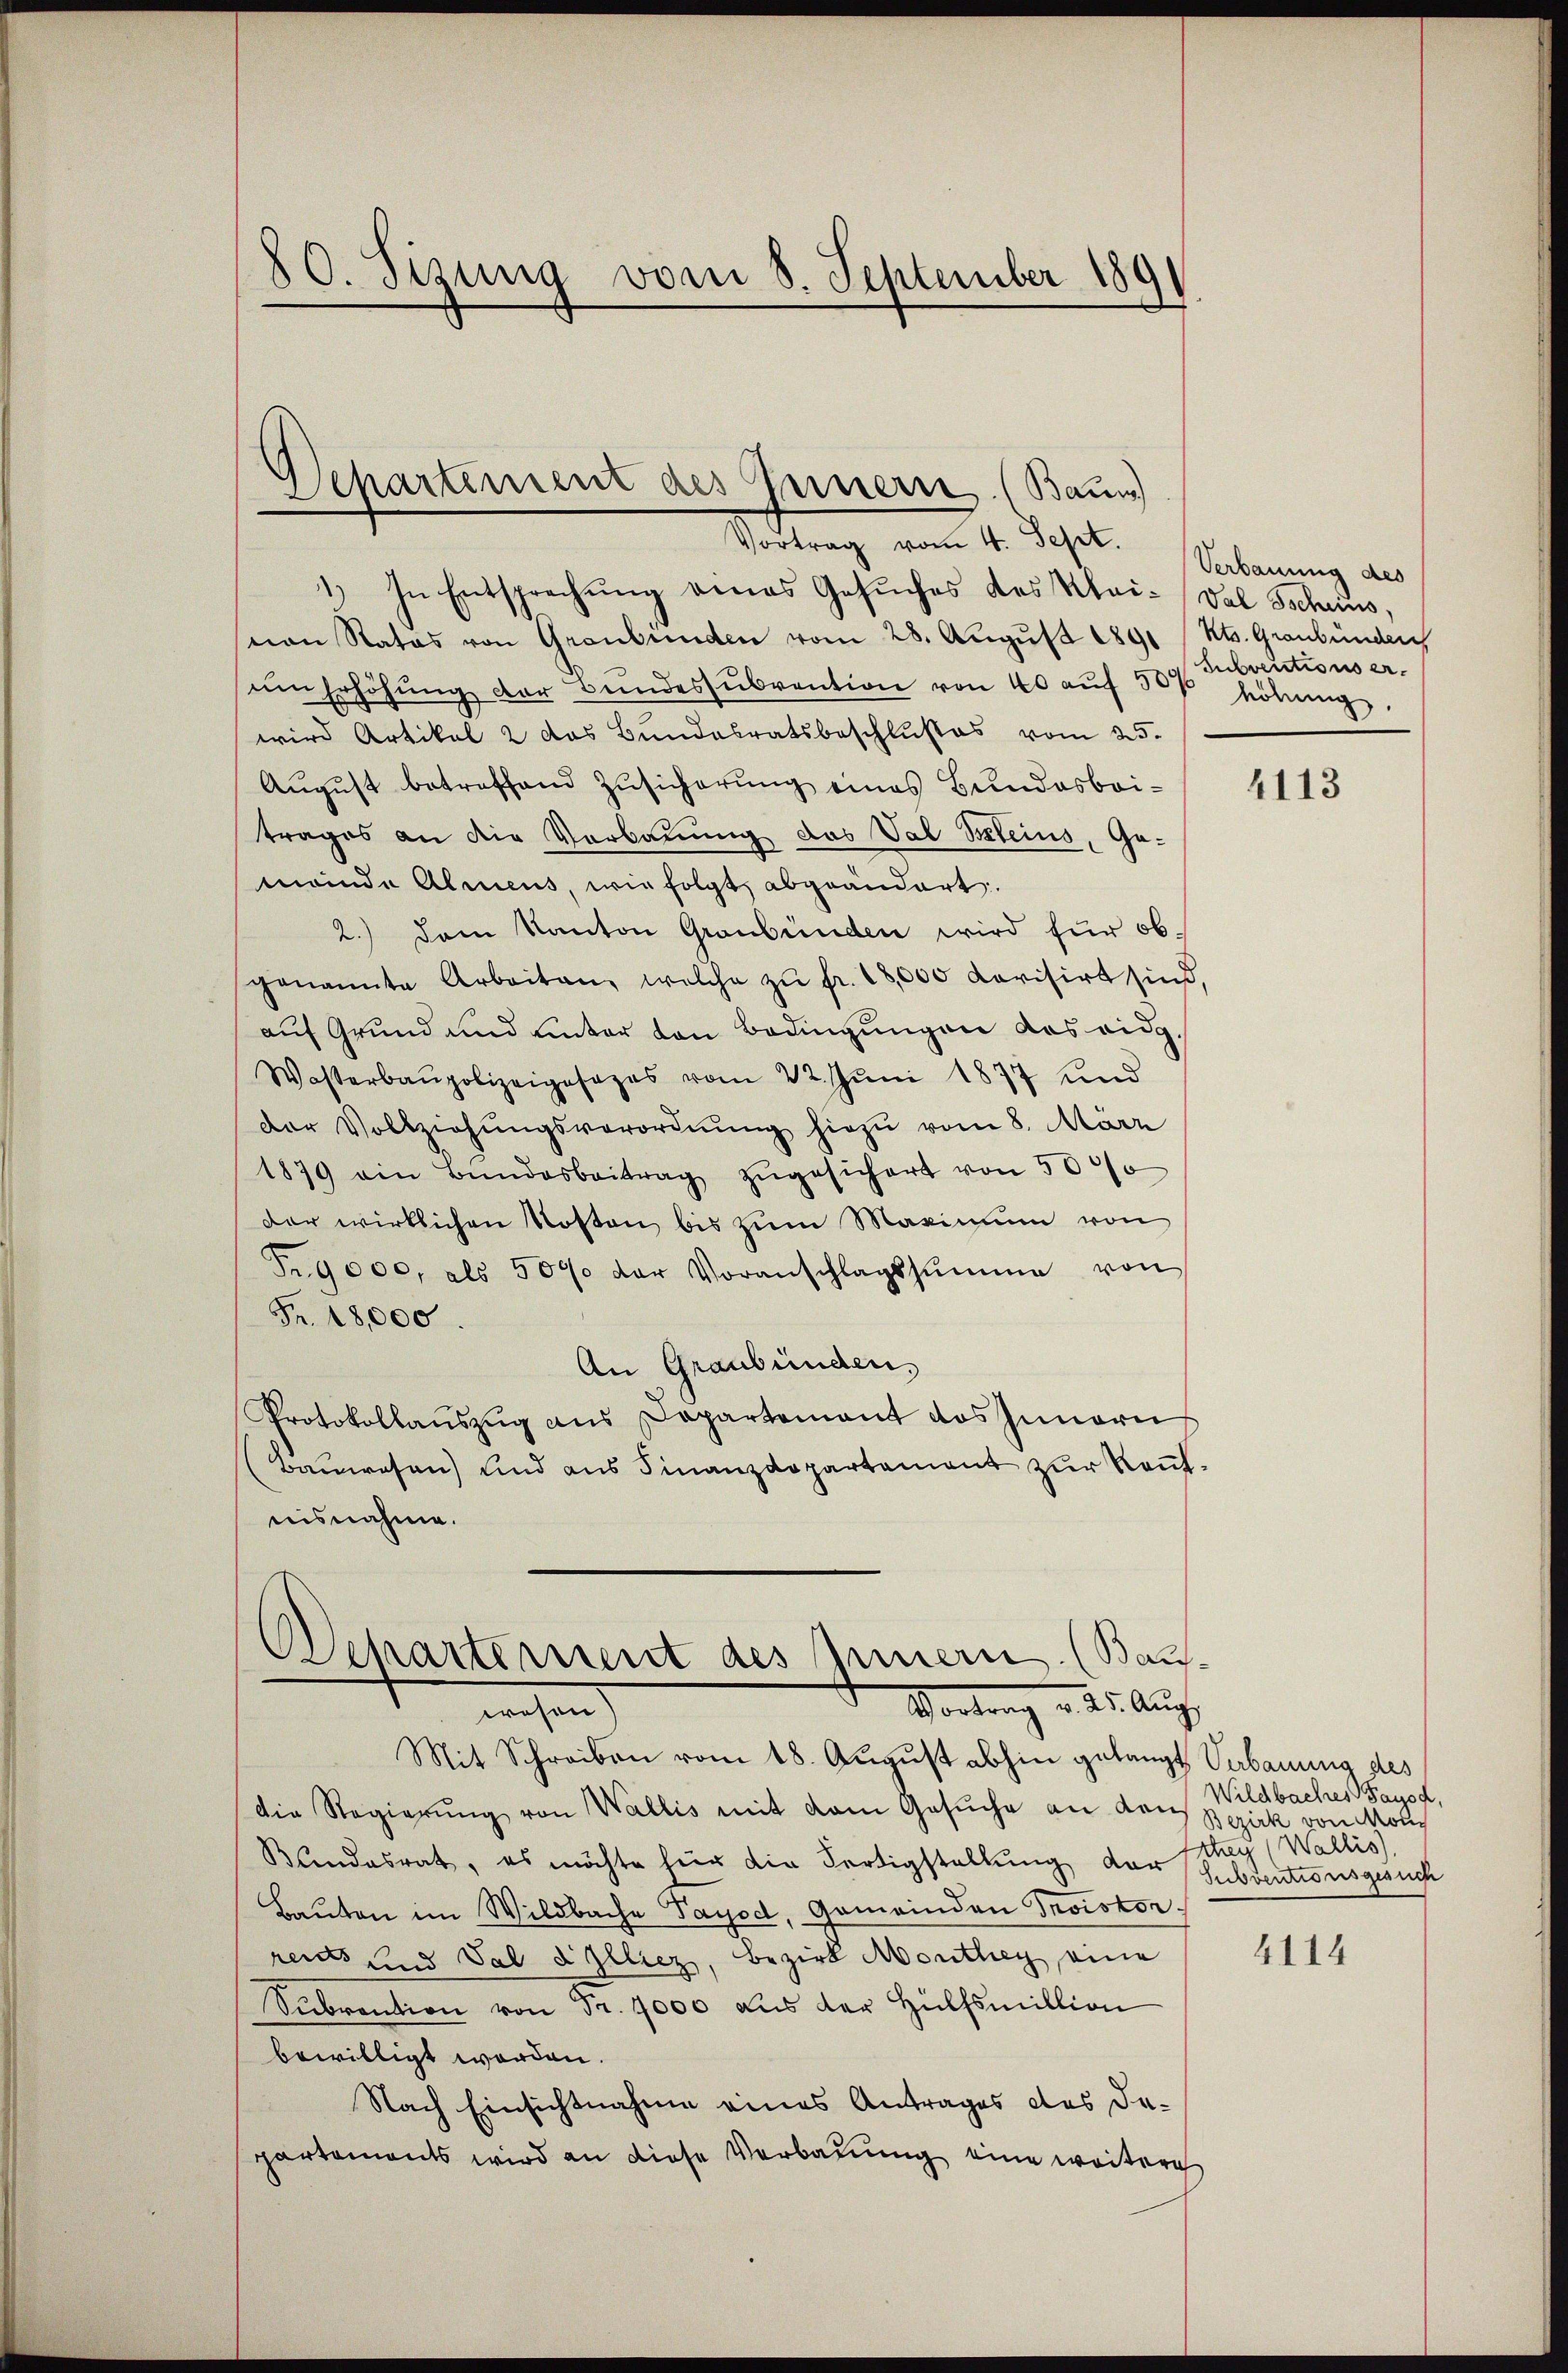
80. Sizung vom 8. September 189

.
Departement des Innern. (Baun)
Vortrag vom 4. Sept.

1) In Entsprechŭng eines Gesŭches des Kai-Val Tscheins
nen Rates von Graubünden vom 28. August 1890 / Kts. Graubünden
ŭm Erhöhŭng der Bundessŭbvention von 40 aŭf 50% höhŭng
wird Artikel 2 das Bundesratsbeschlußes vom 25.
August betreffend Zusicherung eines Bundesbeitrages an die Verbauung das Val Steins, Ge-
mende Almens, wie folgt abgeändert.
2.) Dem Kanton Graubünden wird für obgenannte Arbeiten, welche zŭ fr. 18,000 Kavisirt sind,
auf Grund und unter den Bedingungen das eidg.
Wasserbaupolizeigesezes vom 22. Jŭni 1877 und
der Vollziehŭngsverordnung hiezu vom 8. März
1879 ein Bŭndesbeitrag zŭgesichert von 30%
der wirklichen Kosten bis zum Maximum von
Fr. 9000, als 507 der Voranschlagssumme von
Fr. 18,000.
An Graubünden,
Protokollauszug aus Departement das Innern
(Bauwesen) und aus Finanzdepartement zur Rentnisnahme.

Departement des Innern. (Bauf¬
Vortrag v. 25. Aug.
wesen.

Mit Schreiben vom 18. August abhin gelangt Verbauung des
Die Regierŭng von Wallis mit dem Gesuche an Kan¬
Bandesrat, es möchte hier die Fertigstellung der Geldentionsgesuch
Baŭten im Wildbache Payod, Gemeinden Troistor.
reits und Sal d Illiez, Bezirk Monthey eine
Subrention von Fr. 7000 aus der Hülfsmillion
bewilligt worden.
Nach Einsichtnahme eines Antrages des De-
partements wird an diese Verbauung eine weitere

Verbauung des
subventions er¬

4113

Wildbaches Pause,
Bezirk von Mon
they (Wallis)

4114